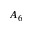
A _ { 6 }